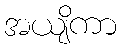
အယျိကာ